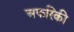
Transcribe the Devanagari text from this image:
अफरिकी